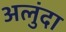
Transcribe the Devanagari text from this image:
अलुंदा